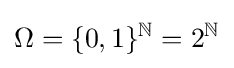
\Omega =\{0,1\}^{\mathbb {N} }=2^{\mathbb {N} }